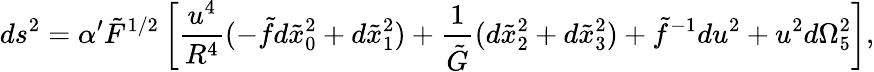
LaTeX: ds^{2}=\alpha^{\prime}\tilde{F}^{1/2}\left[\frac{u^{4}}{R^{4}}(-\tilde{f}d\tilde{x}_{0}^{2}+d\tilde{x}_{1}^{2})+\frac{1}{\tilde{G}}(d\tilde{x}_{2}^{2}+d\tilde{x}_{3}^{2})+\tilde{f}^{-1}du^{2}+u^{2}d\Omega_{5}^{2}\right],